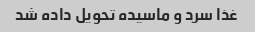
غذا سرد و ماسیده تحویل داده شد